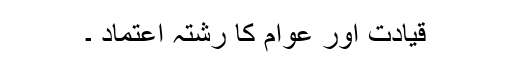
قیادت اور عوام کا رشتہ اعتماد ۔